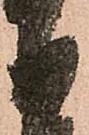
自